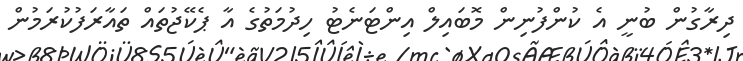
ދިރާގުން ބުނީ އެ ކުންފުނިން މޮބައިލް އިންޓަނެޓު ހިދުމަތުގެ އާ ޕެކޭޖުތައް ތައާރަފުކުރަމުން